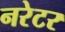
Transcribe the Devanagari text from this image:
नरेटर